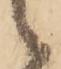
候